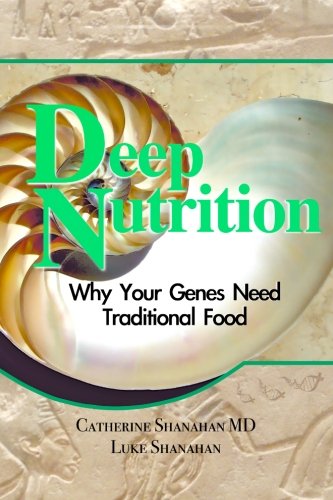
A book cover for Deep Nutrition: Why Your Genes Need Traditional Food; Catherine Shanahan; Health, Fitness & Dieting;